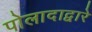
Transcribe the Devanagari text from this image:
पोलादाद्वारे